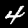
Digit: 4